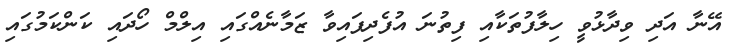
އޭނާ އަދި ވިދާޅުވީ ހިލާފުތަކާއި ފިތުނަ އުފެދިފައިވާ ޒަމާނެއްގައި އިލްމް ހޯދައި ކަންކަމުގައި